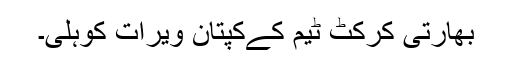
بھارتی کرکٹ ٹیم کےکپتان ویرات کوہلی۔